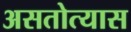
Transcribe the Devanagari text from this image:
असतोत्यास